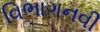
વિભાગનવી